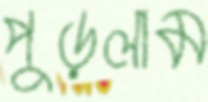
পুড়লাম